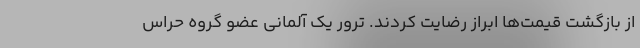
از بازگشت قیمت‌ها ابراز رضایت کردند. ترور یک آلمانی عضو گروه حراس